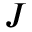
J